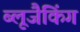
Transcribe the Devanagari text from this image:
ब्लूजैकिंग